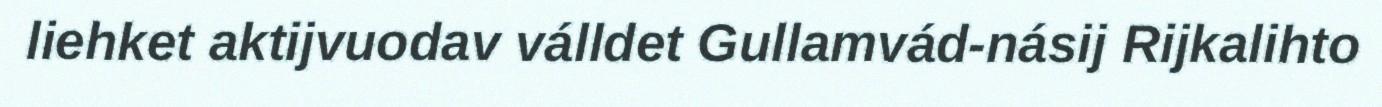
liehket aktijvuodav válldet Gullamvád-násij Rijkalihto